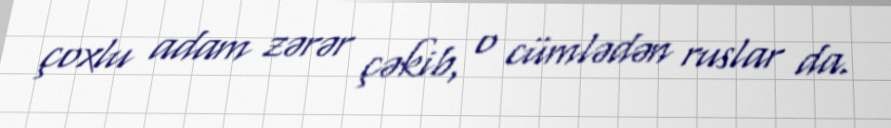
çoxlu adam zərər çəkib, o cümlədən ruslar da.